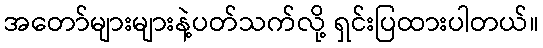
အတော်များများနဲ့ပတ်သက်လို့ ရှင်းပြထားပါတယ်။